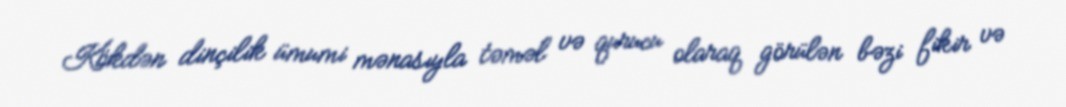
Kökdən dinçilik ümumi mənasıyla təməl və qurucu olaraq görülən bəzi fikir və